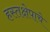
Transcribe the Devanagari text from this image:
हस्तक्षेपाचे